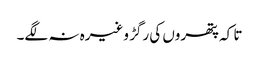
تا کہ پتھروں کی رگڑ وغیرہ نہ لگے۔